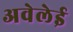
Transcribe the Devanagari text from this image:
अवेलेई